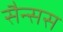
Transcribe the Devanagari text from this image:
सैन्सस